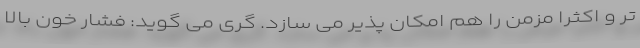
تر و اکثرا مزمن را هم امکان پذیر می سازد. گری می گوید: فشار خون بالا